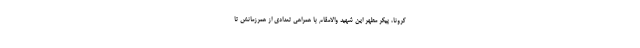
کرونا، پیکر مطهر این شهید والامقام با همراهی تعدادی از همرزمانش تا